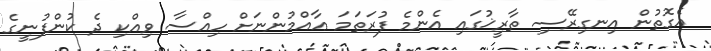
އެގޮތުން އިނގިރޭސި ތާރީޚުގައި އެންމެ ފުރަތަމަ ޢާއްމުންނަށް ހިއްސާ ވިއްކި ދެ ކުންފުނީގެ